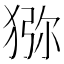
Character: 猕